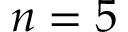
n = 5